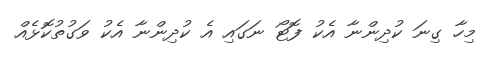
މިހާ ގިނަ ކުދިންނާ އެކު ފޮޓޯ ނަގައި އެ ކުދިންނާ އެކު ވަގުތުކޮޅެއް